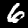
Digit: 6